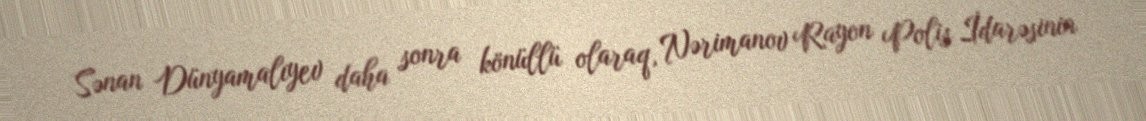
Sənan Dünyamalıyev daha sonra könüllü olaraq, Nərimanov Rayon Polis İdarəsinin